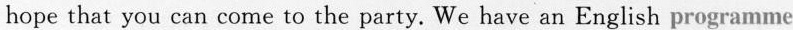
hope that you can come to the party. We have an English programme